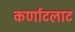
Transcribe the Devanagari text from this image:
कर्णाटलाट